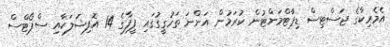
އެމެރިކާގެ ޖަސްޓިސް ޑިޕާޓްމަންޓުން ކުރަމުން އަންނަ ތަހުގީގުގައި ފީފާގެ 14 އޮފިޝަލަކާއި ސްޕޯޓްސް